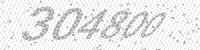
Solution: 304800